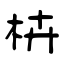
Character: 枿